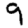
Digit: 9